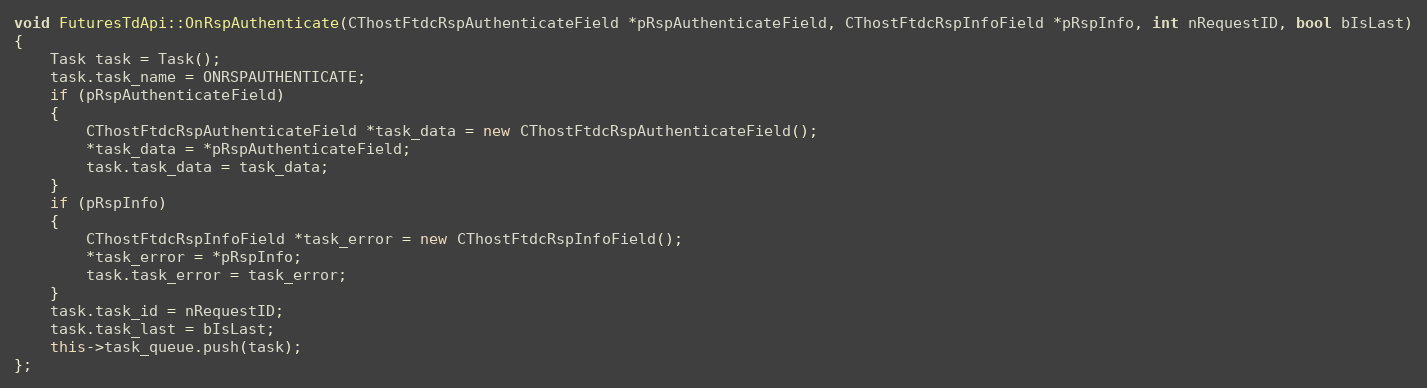
Language: C++
void FuturesTdApi::OnRspAuthenticate(CThostFtdcRspAuthenticateField *pRspAuthenticateField, CThostFtdcRspInfoField *pRspInfo, int nRequestID, bool bIsLast)
{
	Task task = Task();
	task.task_name = ONRSPAUTHENTICATE;
	if (pRspAuthenticateField)
	{
		CThostFtdcRspAuthenticateField *task_data = new CThostFtdcRspAuthenticateField();
		*task_data = *pRspAuthenticateField;
		task.task_data = task_data;
	}
	if (pRspInfo)
	{
		CThostFtdcRspInfoField *task_error = new CThostFtdcRspInfoField();
		*task_error = *pRspInfo;
		task.task_error = task_error;
	}
	task.task_id = nRequestID;
	task.task_last = bIsLast;
	this->task_queue.push(task);
};